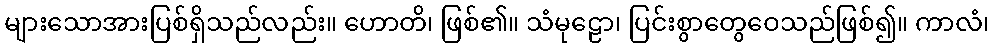
များသောအားပြစ်ရှိသည်လည်း။ ဟောတိ၊ ဖြစ်၏။ သံမုဠော၊ ပြင်းစွာတွေဝေသည်ဖြစ်၍။ ကာလံ၊